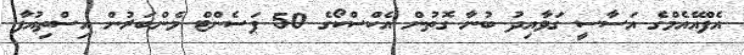
އެފްއޭއެމްގެ އަސާސީ ގަވާއިދު ބުނާ ގޮތުން އެކްސްކޯގެ 50 ޕަސެންޓް މެންބަރުން އިސްތިއުފާ